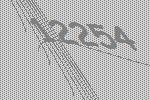
12254